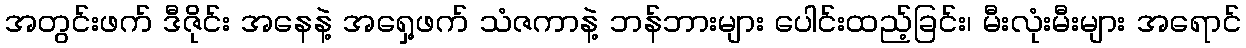
အတွင်းဖက် ဒီဇိုင်း အနေနဲ့ အရှေ့ဖက် သံဇကာနဲ့ ဘန်ဘားများ ပေါင်းထည့်ခြင်း၊ မီးလုံးမီးများ အရောင်